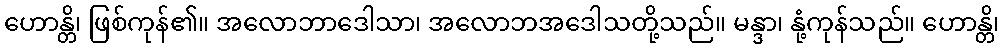
ဟောန္တိ၊ ဖြစ်ကုန်၏။ အလောဘာဒေါသာ၊ အလောဘအဒေါသတို့သည်။ မန္ဒာ၊ နုံ့ကုန်သည်။ ဟောန္တိ၊